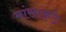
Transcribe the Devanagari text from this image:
मांसाकडे